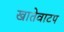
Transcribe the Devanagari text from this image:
खातेवाटप